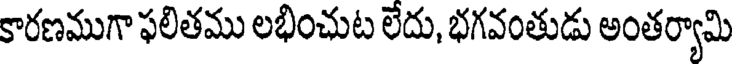
కారణముగా ఫలితము లభించుట లేదు, భగవంతుడు అంతర్యామి